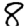
Digit: 8